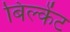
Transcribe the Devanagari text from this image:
बिल्केंट